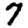
Digit: 7